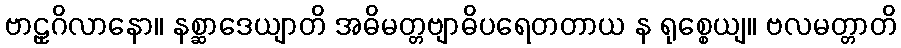
ဗာဠှဂိလာနော။ နစ္ဆာဒေယျာတိ အဓိမတ္တဗျာဓိပရေတတာယ န ရုစ္စေယျ။ ဗလမတ္တာတိ